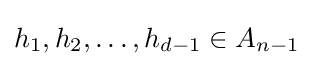
h_{1},h_{2},\ldots ,h_{d-1}\in A_{n-1}